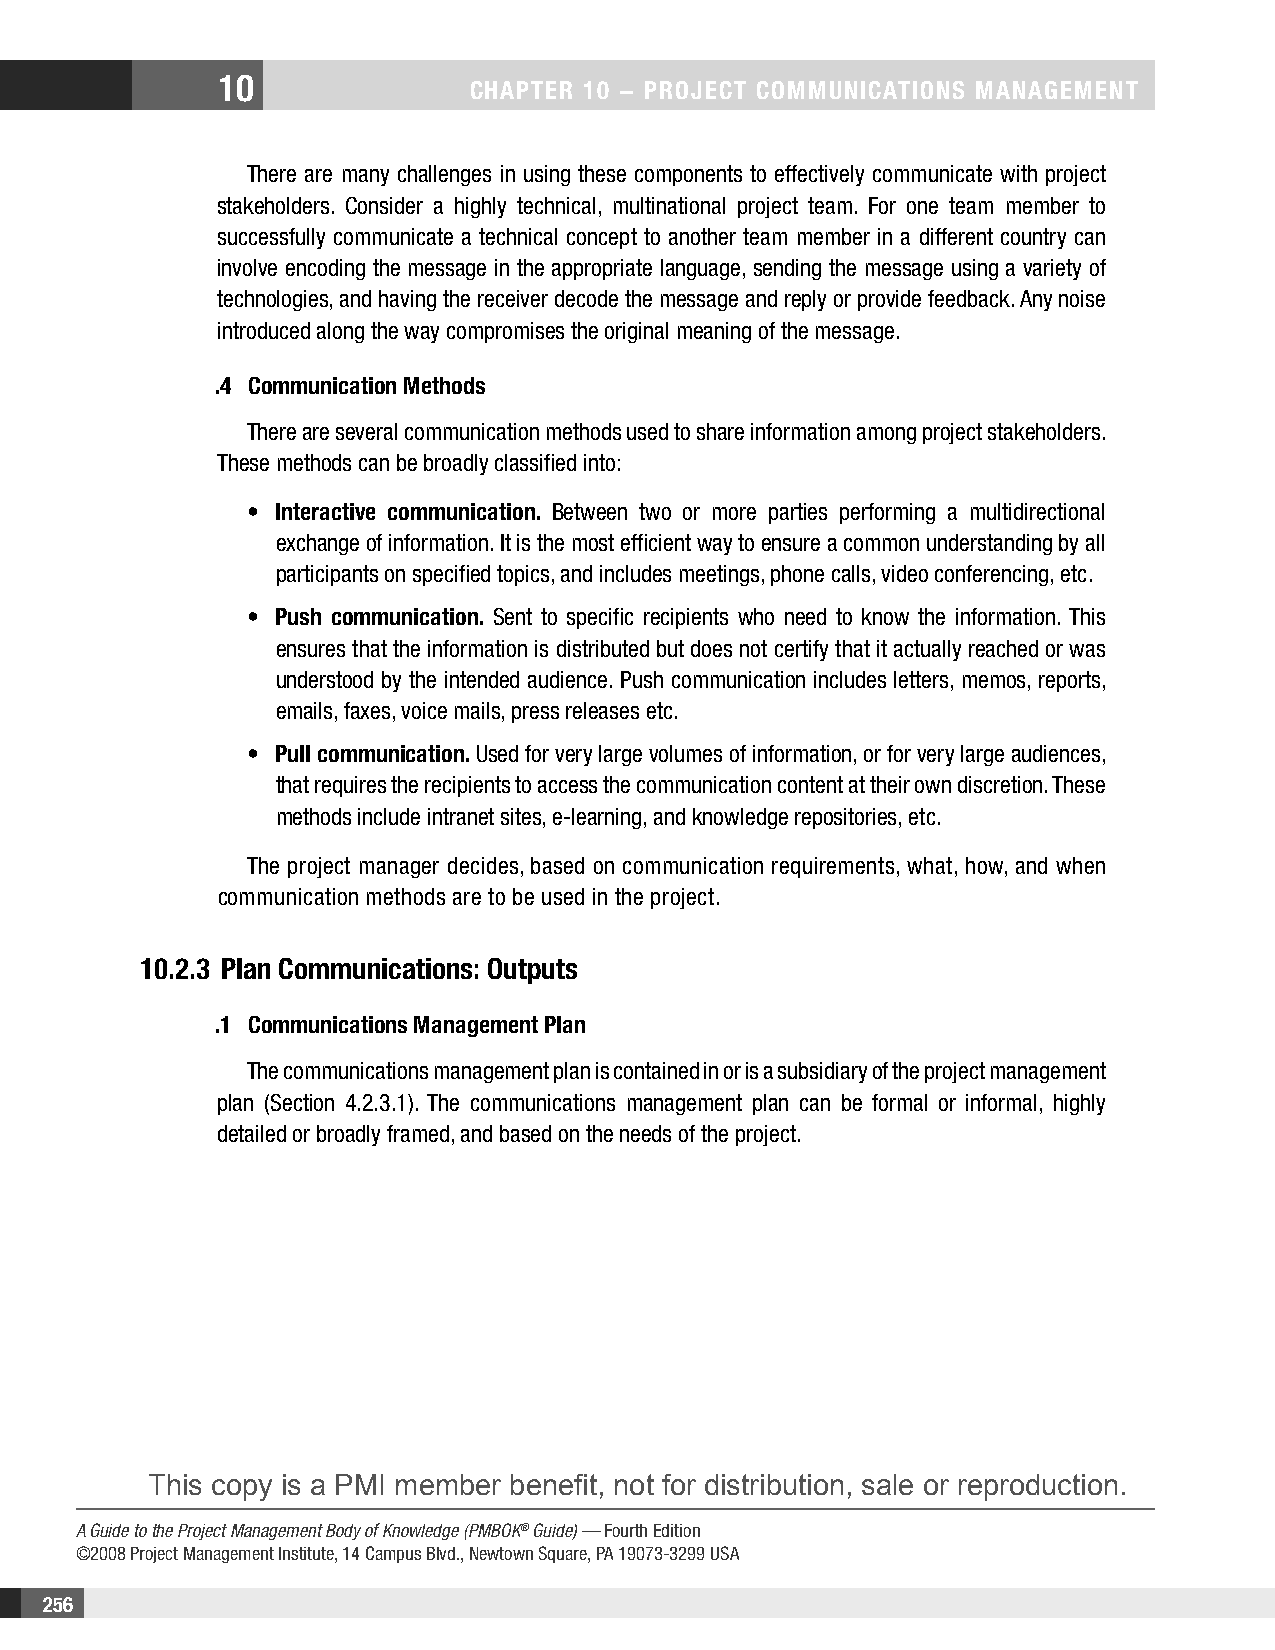
10
 CHAPTER 10 − PROjECT COMMunICATIOnS MAnAgEMEnT
 There are many challenges in using these components to effectively communicate with project
 stakeholders. Consider a highly technical, multinational project team. For one team member to
 successfully communicate a technical concept to another team member in a different country can
 involve encoding the message in the appropriate language, sending the message using a variety of
 technologies, and having the receiver decode the message and reply or provide feedback. Any noise
 introduced along the way compromises the original meaning of the message.
 .4 Communication Methods
 There are several communication methods used to share information among project stakeholders.
 These methods can be broadly classified into:
 • Interactive communication. Between two or more parties performing a multidirectional
 exchange of information. It is the most efficient way to ensure a common understanding by all
 participants on specified topics, and includes meetings, phone calls, video conferencing, etc.
 • Push communication. Sent to specific recipients who need to know the information. This
 ensures that the information is distributed but does not certify that it actually reached or was
 understood by the intended audience. Push communication includes letters, memos, reports,
 emails, faxes, voice mails, press releases etc.
 • Pull communication. Used for very large volumes of information, or for very large audiences,
 that requires the recipients to access the communication content at their own discretion. These
 methods include intranet sites, e-learning, and knowledge repositories, etc.
 The project manager decides, based on communication requirements, what, how, and when
 communication methods are to be used in the project.
 10.2.3 Plan Communications: Outputs
 .1 Communications Management Plan
 The communications management plan is contained in or is a subsidiary of the project management
 plan (Section 4.2.3.1). The communications management plan can be formal or informal, highly
 detailed or broadly framed, and based on the needs of the project.
 This copy is a PMI member benefit, not for distribution, sale or reproduction.
 A Guide to the Project Management Body of Knowledge (PMBOK® Guide) — Fourth Edition
 ©2008 Project Management Institute, 14 Campus Blvd., Newtown Square, PA 19073-3299 USA
 256